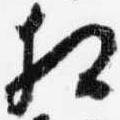
相